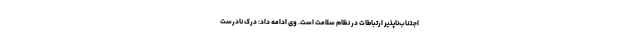
اجتناب‌ناپذیر ارتباطات در نظام سلامت است. وی ادامه داد: درک نادرست